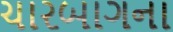
ચારબાગના